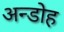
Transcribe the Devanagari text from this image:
अन्डोह